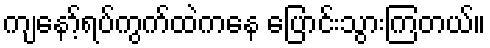
ကျနော့်ရပ်ကွက်ထဲကနေ ပြောင်းသွားကြတယ်။